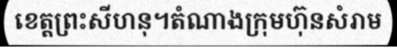
ខេត្តព្រះសីហនុ។តំណាងក្រុមហ៊ុនសំរាម